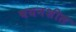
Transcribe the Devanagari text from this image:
चयनशील